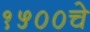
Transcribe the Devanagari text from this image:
१५००चे